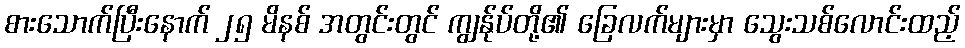
စားသောက်ပြီးနောက် ၂၅ မိနစ် အတွင်းတွင် ကျွန်ုပ်တို့၏ ခြေလက်များမှာ သွေးသစ်လောင်းထည့်